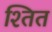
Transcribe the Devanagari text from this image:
श्तित